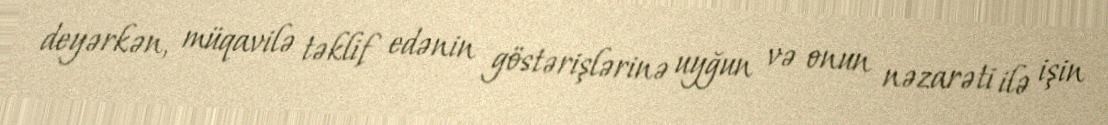
deyərkən, müqavilə təklif edənin göstərişlərinə uyğun və onun nəzarəti ilə işin